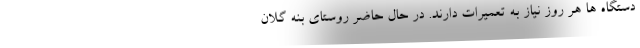
دستگاه ها هر روز نیاز به تعمیرات دارند. در حال حاضر روستای بنه گلان